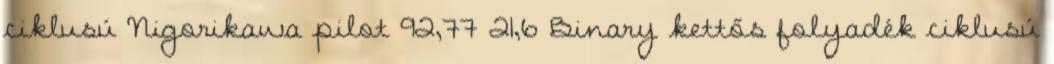
ciklusú Nigorikawa pilot 92,77 21,6 Binary kettős folyadék ciklusú